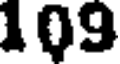
109